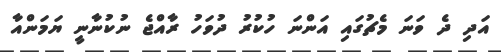
އަދި ދެ ވަނަ މެޗުގައި އަންނަ ހުކުރު ދުވަހު ރާއްޖެ ނުކުނާނީ ޔަމަންއާ